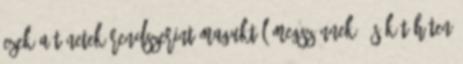
Ezek a tünetek rendszerint maguktól megszűnnek, és két héten